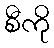
စီကို